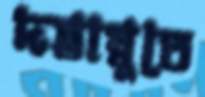
দস্তাম্বুতে